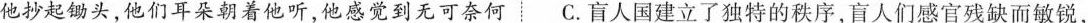
他抄起锄头，他们耳朵朝着他听，他感觉到无可奈何C.盲人国建立了独特的秩序，盲人们感官残缺而敏锐.